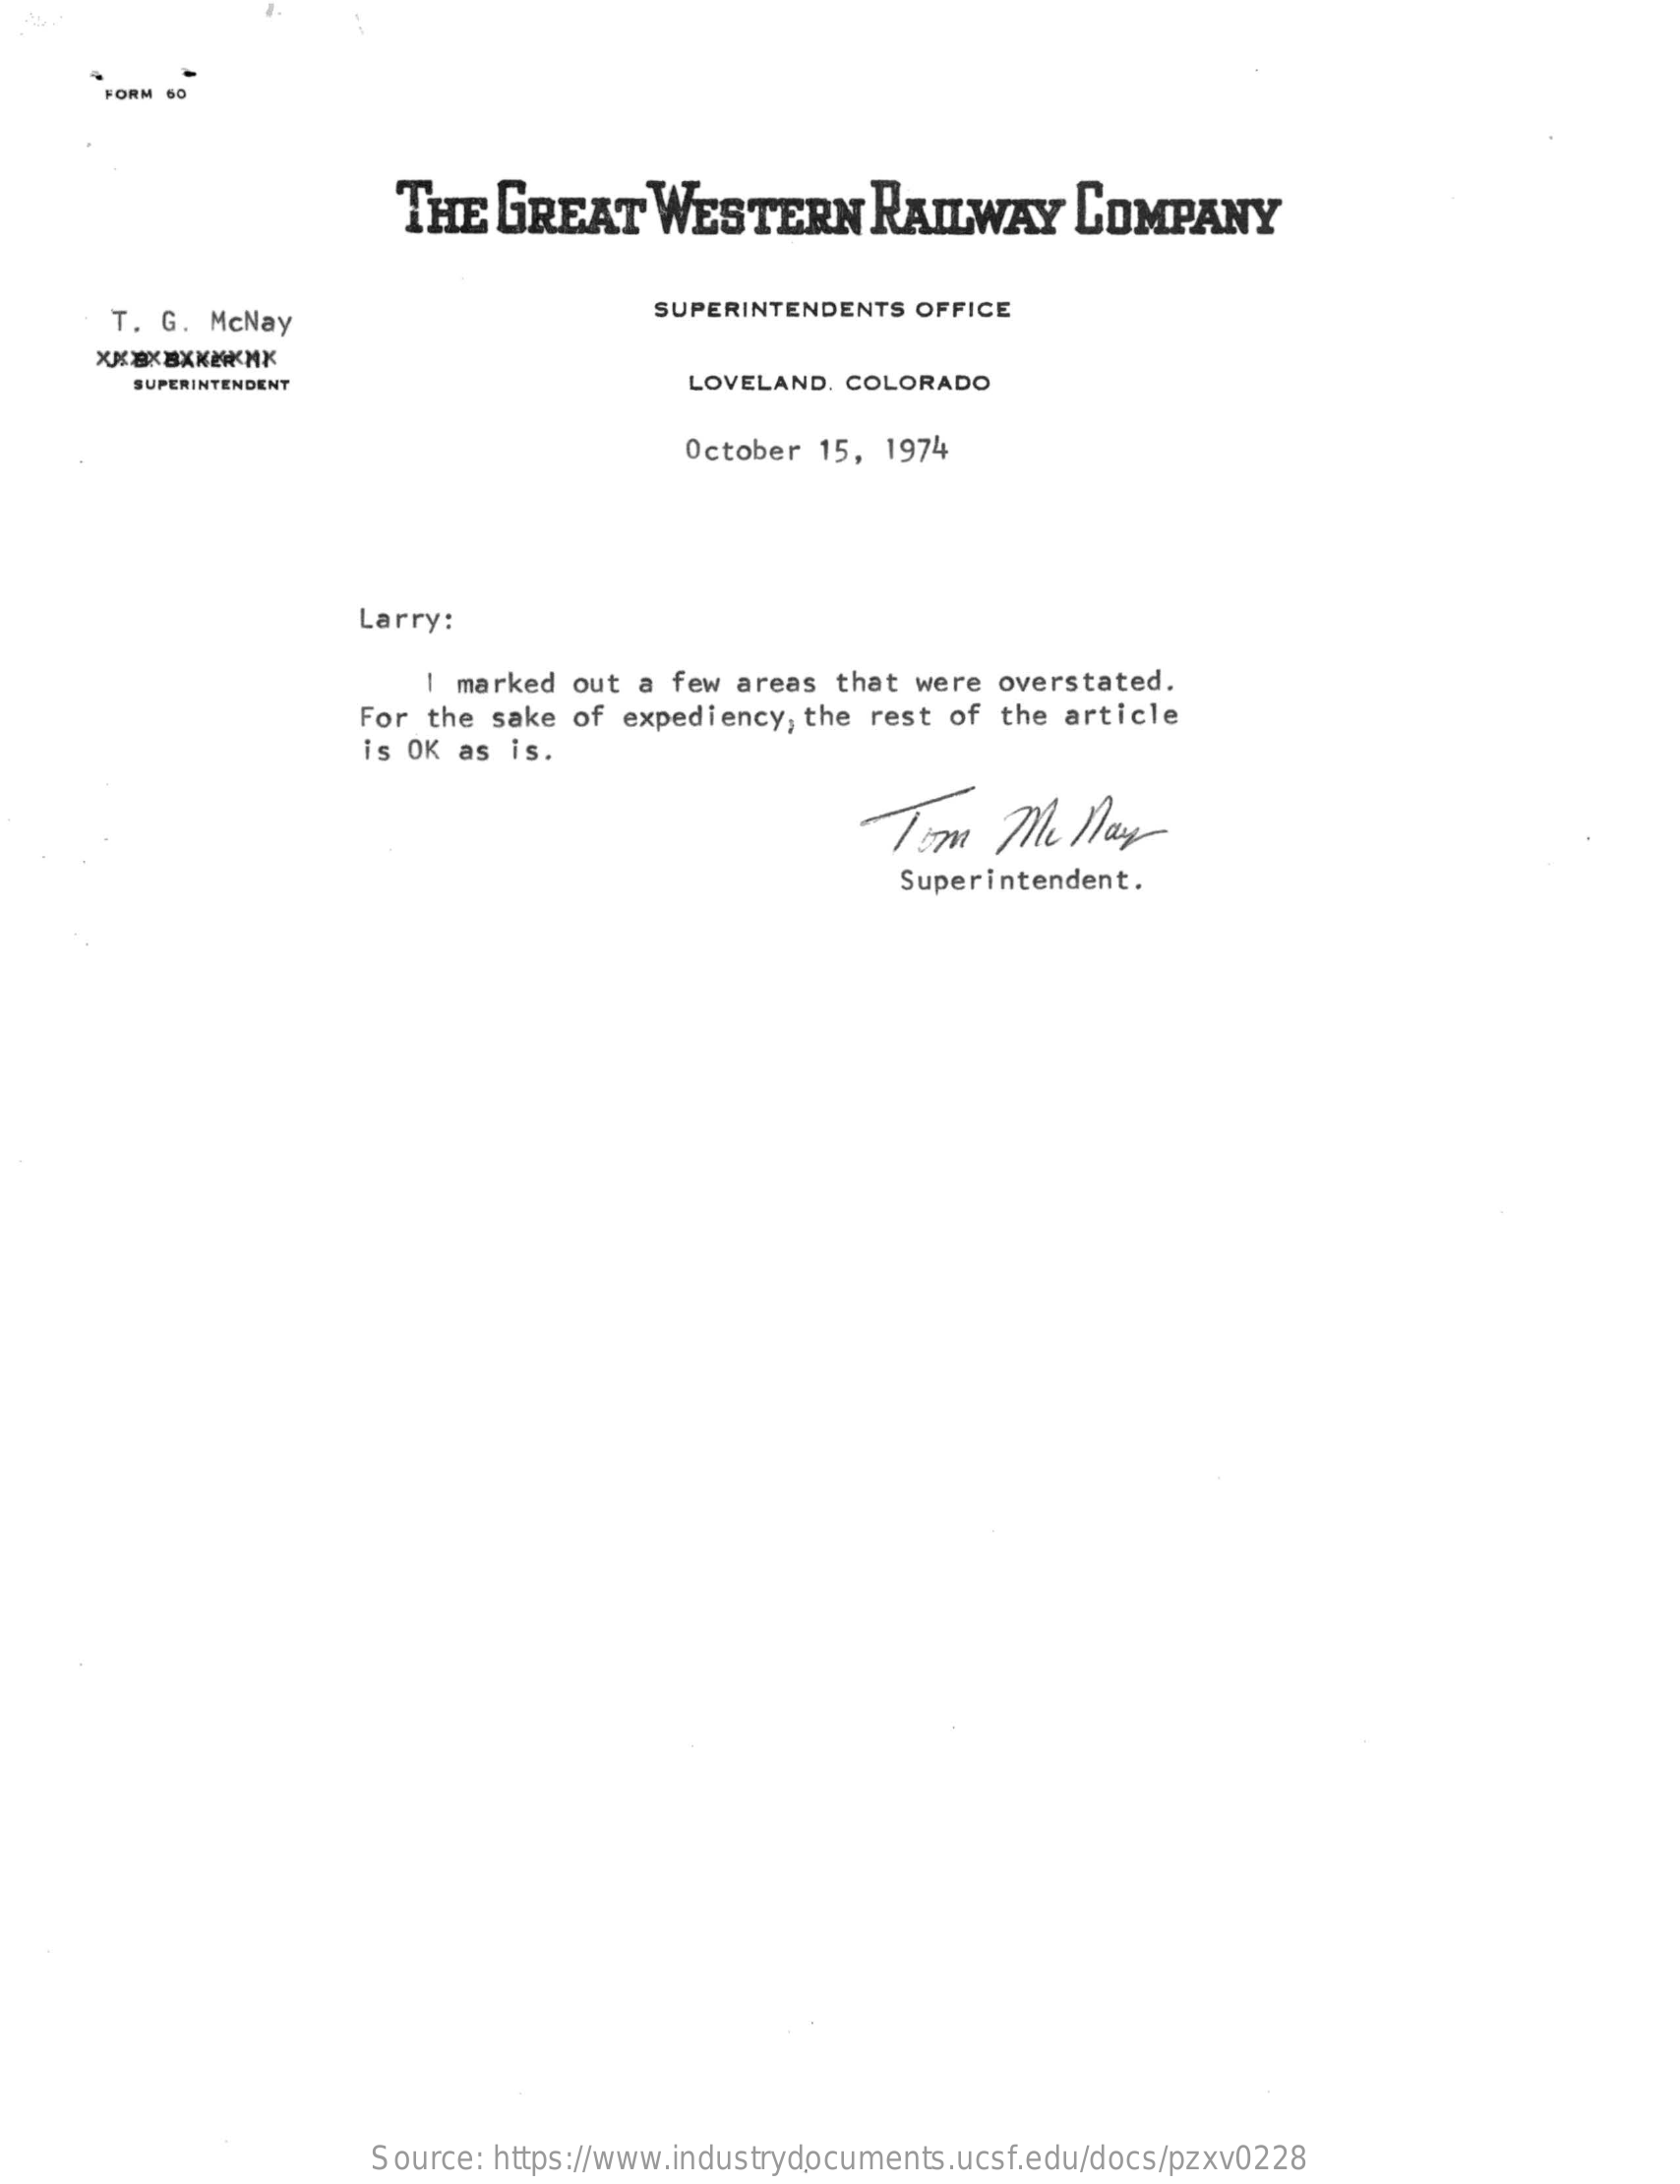
FORM 60
     THE   GREAT    WESTERN    RAILWAY    COMPANY
     T. G. McNay    SUPERINTENDENTS OFFICE
     SUPERINTENDENT    LOVELAND, COLORADO
     October 15, 1974
     Larry:
     I marked out a few areas  that were overstated.
     For the sake of expediency, the rest of the article
     is OK as is.
     Tom    Me  Nay
     Superintendent.
     Source: https://www.industrydocuments.ucsf.edu/docs/pzxv0228